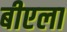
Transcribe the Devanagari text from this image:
बीएला